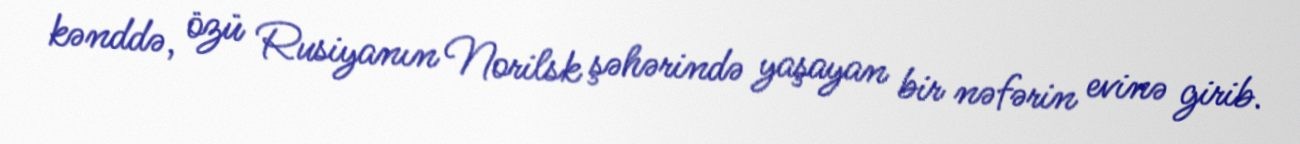
kənddə, özü Rusiyanın Norilsk şəhərində yaşayan bir nəfərin evinə girib.